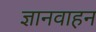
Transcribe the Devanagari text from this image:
ज्ञानवाहन